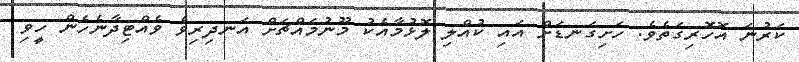
ކަރުނަ އޮހޮރިގަތެވެ. ހަށިގަނޑަށް އައި ކުއްލި ލޮޅުމާއެކު މޫނުމައްޗަށް އަނދިރިވެ ވެއްޓިދާނެހެން ހީވި